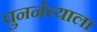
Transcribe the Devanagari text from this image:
पुनर्नव्याला